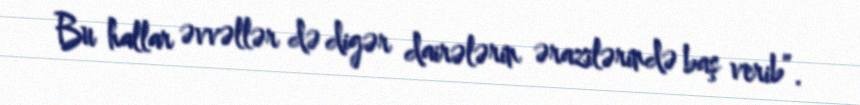
Bu hallar əvvəllər də digər dairələrin ərazilərində baş verib”.